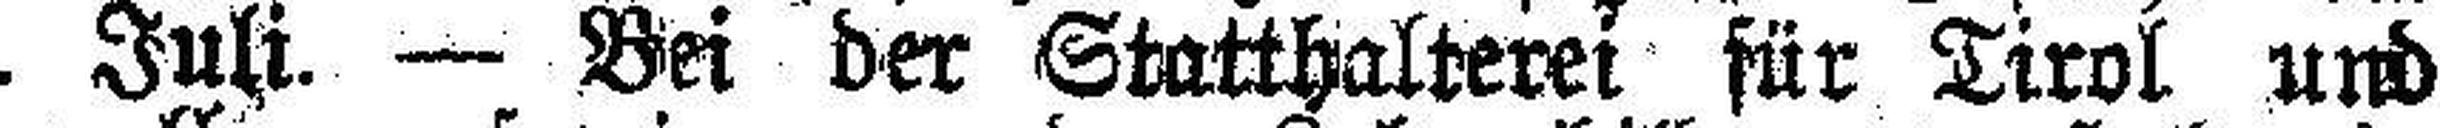
15. Juli. — Bei der Statthalterei für Tirol und